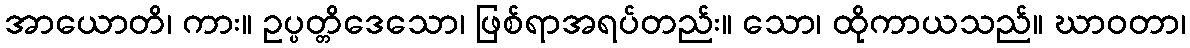
အာယောတိ၊ ကား။ ဥပ္ပတ္တိဒေသော၊ ဖြစ်ရာအရပ်တည်း။ သော၊ ထိုကာယသည်။ ဃာဝတာ၊